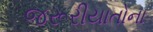
જરૂરીયાતોના